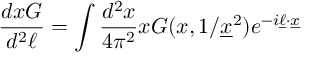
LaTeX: { \frac { d x G } { d ^ { 2 } \ell } } = \int { \frac { d ^ { 2 } x } { 4 \pi ^ { 2 } } } x G ( x , 1 / { \underline { { x } } } ^ { 2 } ) e ^ { - i { \underline { { \ell } } } \cdot { \underline { { x } } } }